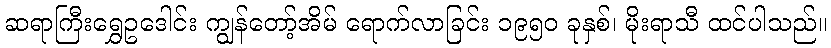
ဆရာကြီးရွှေဥဒေါင်း ကျွန်တော့်အိမ် ရောက်လာခြင်း ၁၉၅၀ ခုနှစ်၊ မိုးရာသီ ထင်ပါသည်။